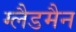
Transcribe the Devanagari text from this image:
ग्लैडमैन